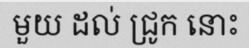
មួយ ដល់ ជ្រូក នោះ